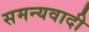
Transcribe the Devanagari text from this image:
समन्यवादी